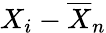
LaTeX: X_{i}-{\overline{{X}}}_{n}